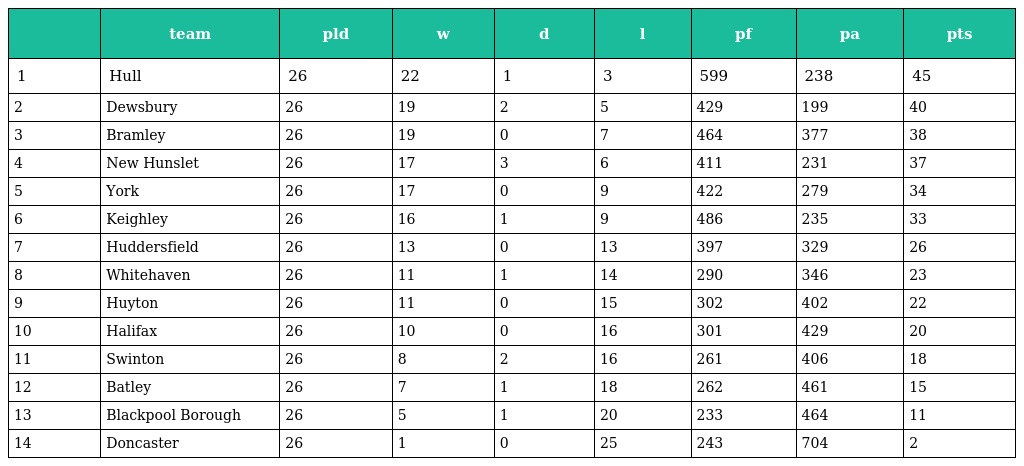
|  | team | pld | w | d | l | pf | pa | pts |
 | --- | --- | --- | --- | --- | --- | --- | --- | --- |
 | 1 | Hull | 26 | 22 | 1 | 3 | 599 | 238 | 45 |
 | 2 | Dewsbury | 26 | 19 | 2 | 5 | 429 | 199 | 40 |
 | 3 | Bramley | 26 | 19 | 0 | 7 | 464 | 377 | 38 |
 | 4 | New Hunslet | 26 | 17 | 3 | 6 | 411 | 231 | 37 |
 | 5 | York | 26 | 17 | 0 | 9 | 422 | 279 | 34 |
 | 6 | Keighley | 26 | 16 | 1 | 9 | 486 | 235 | 33 |
 | 7 | Huddersfield | 26 | 13 | 0 | 13 | 397 | 329 | 26 |
 | 8 | Whitehaven | 26 | 11 | 1 | 14 | 290 | 346 | 23 |
 | 9 | Huyton | 26 | 11 | 0 | 15 | 302 | 402 | 22 |
 | 10 | Halifax | 26 | 10 | 0 | 16 | 301 | 429 | 20 |
 | 11 | Swinton | 26 | 8 | 2 | 16 | 261 | 406 | 18 |
 | 12 | Batley | 26 | 7 | 1 | 18 | 262 | 461 | 15 |
 | 13 | Blackpool Borough | 26 | 5 | 1 | 20 | 233 | 464 | 11 |
 | 14 | Doncaster | 26 | 1 | 0 | 25 | 243 | 704 | 2 |